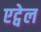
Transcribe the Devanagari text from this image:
एट्वेल